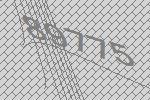
89775